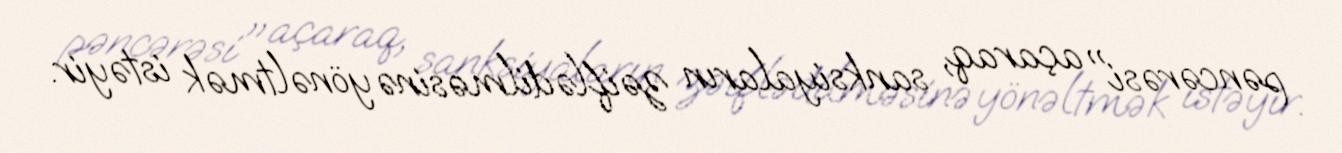
pəncərəsi" açaraq, sanksiyaların zəiflədilməsinə yönəltmək istəyir.